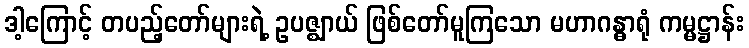
ဒါ့ကြောင့် တပည့်တော်များရဲ့ ဥပဇ္ဈာယ် ဖြစ်တော်မူကြသော မဟာဂန္ဓာရုံ ကမ္မဋ္ဌာန်း